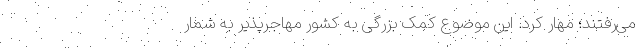
می‌رفتند؛ مهار کرد. این موضوع کمک بزرگی به کشور مهاجرپذیر به شمار